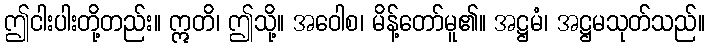
ဤငါးပါးတို့တည်း။ ဣတိ၊ ဤသို့။ အဝေါစ၊ မိန့်တော်မူ၏။ အဋ္ဌမံ၊ အဋ္ဌမသုတ်သည်။